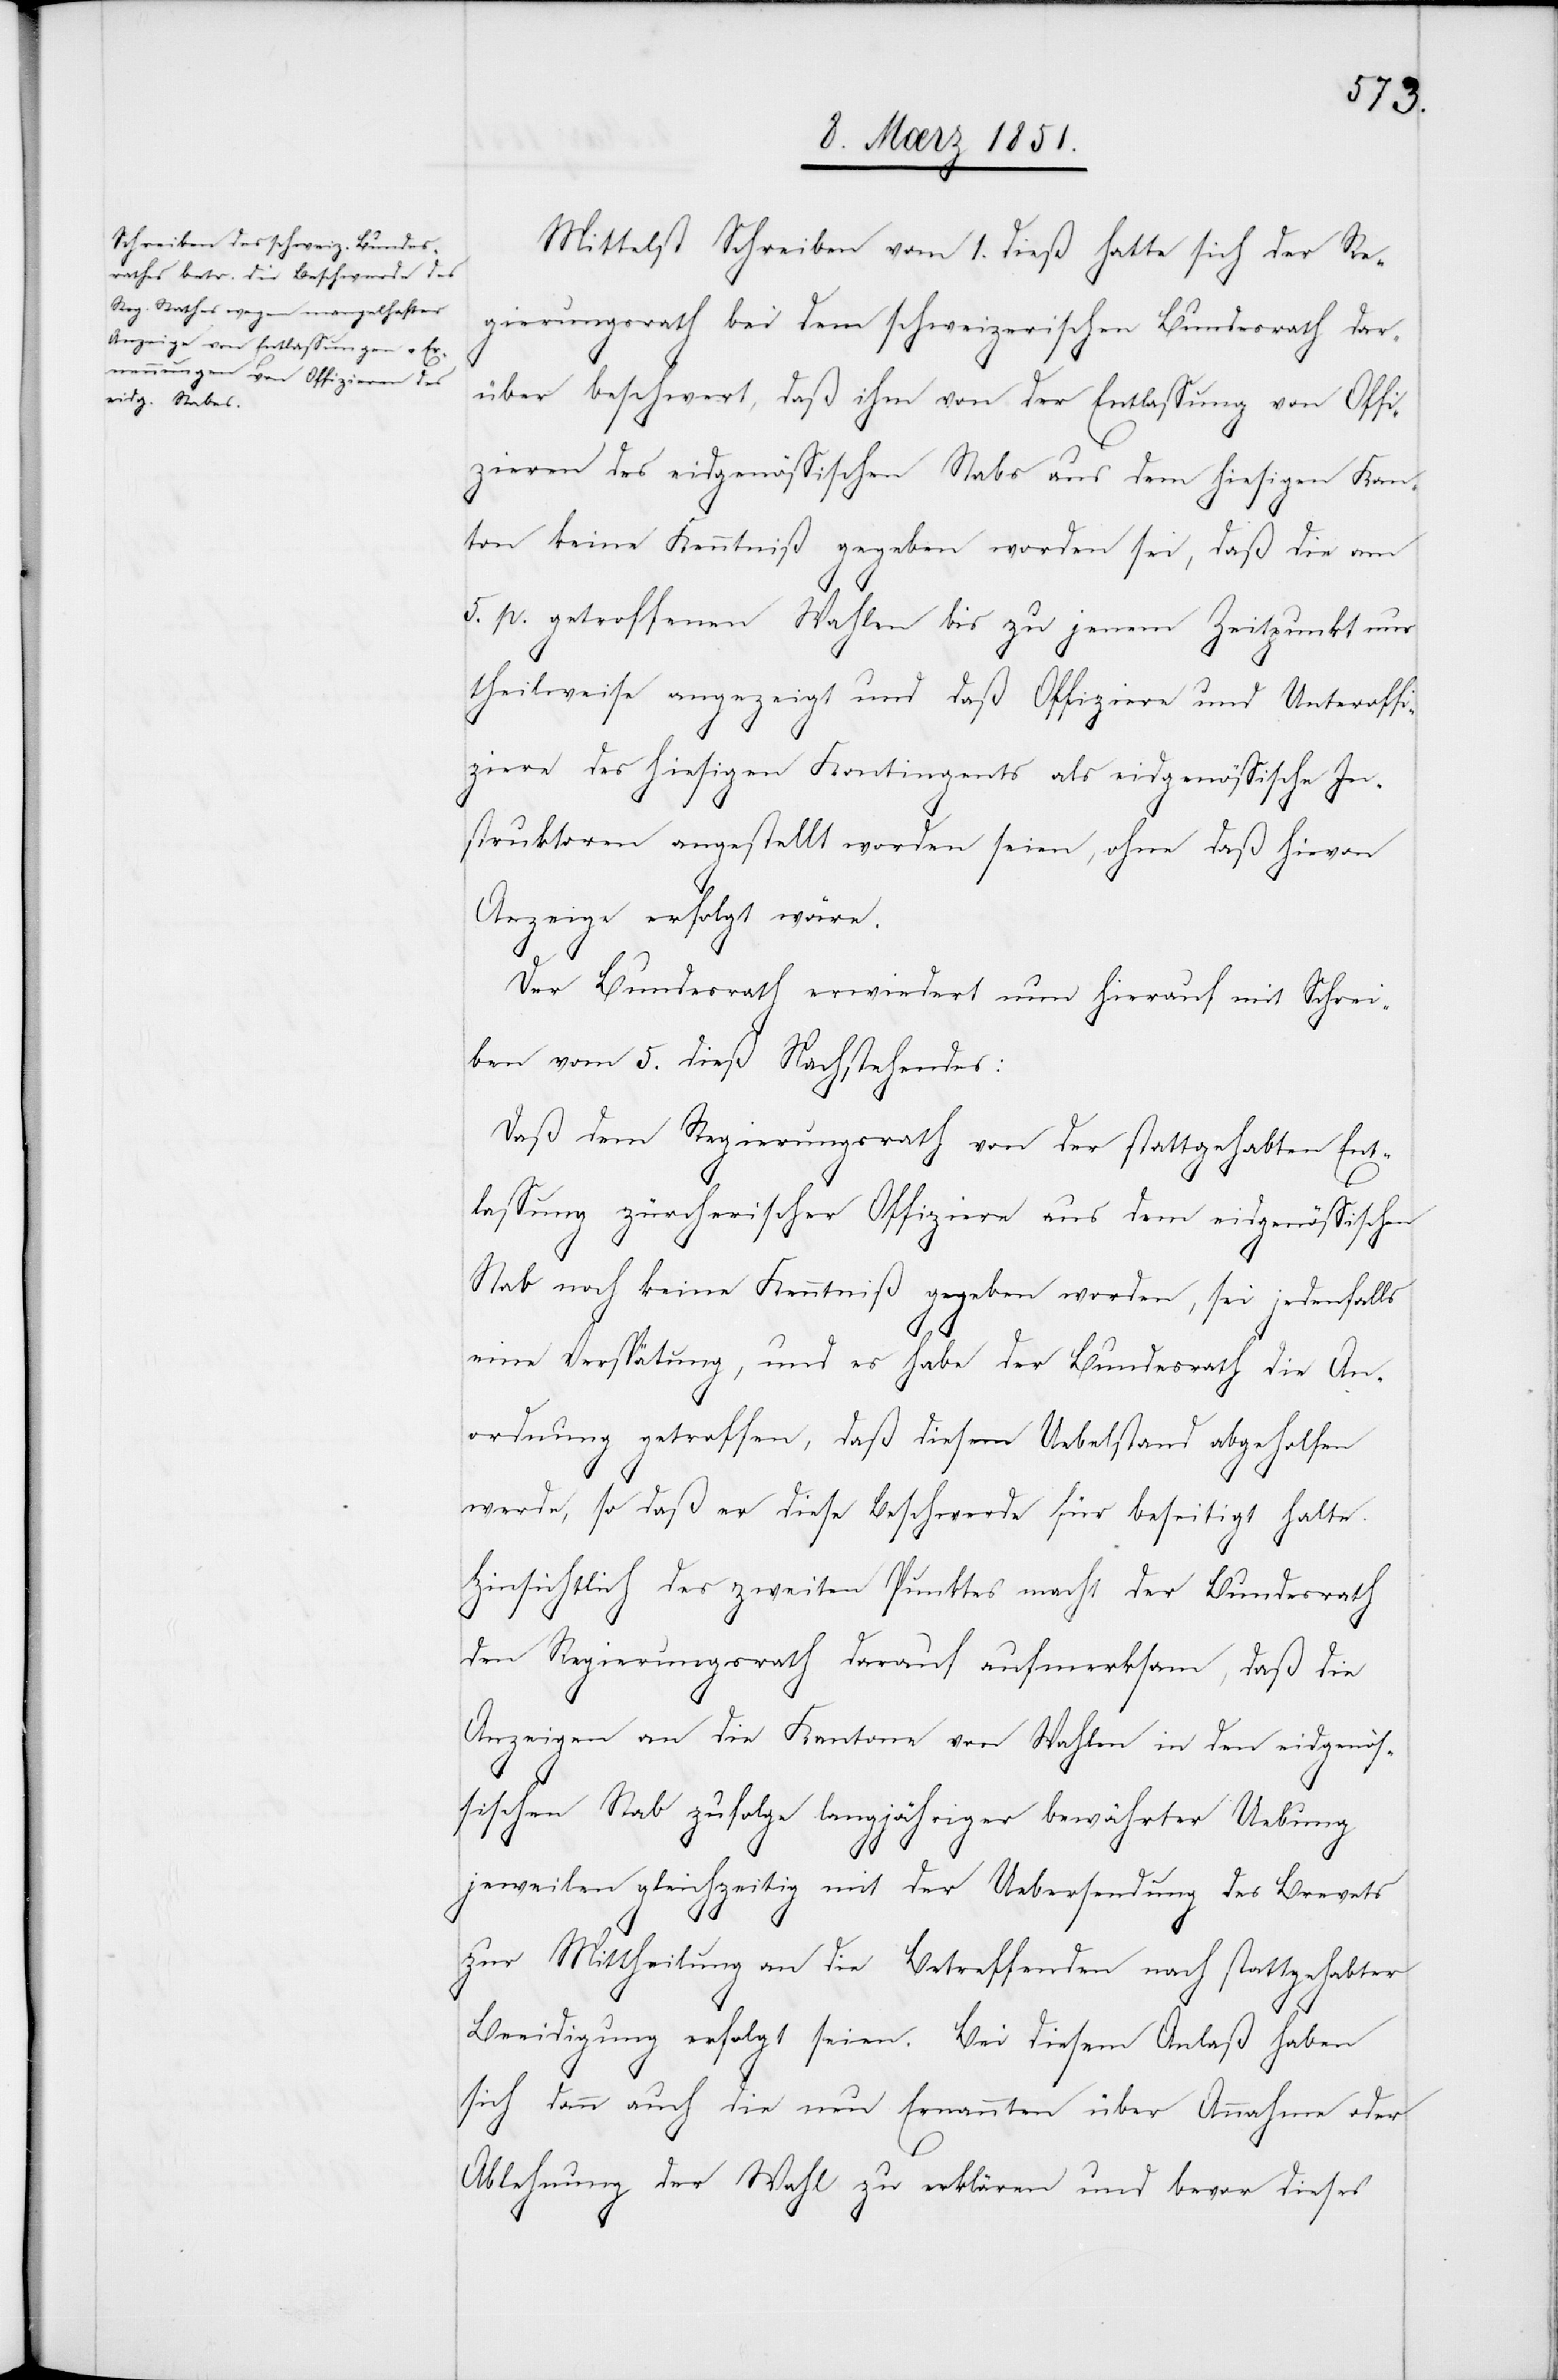
Mittelst Schreiben vom 1. dieß hatte sich der Re¬
gierungsrath bei dem schweizerischen Bundesrath dar¬
über beschwert, daß ihm von der Entlassung von Offi¬
zieren des eidgenössischen Stabs aus dem hiesigen Kan¬
ton keine Kenntniß gegeben worden sei, daß die am
5. p. getroffenen Wahlen bis zu jenem Zeitpunkt nur
theilweise angezeigt und daß Offiziere und Unteroffi¬
ziere des hiesigen Kontingents als eidgenössische In¬
struktoren angestellt worden seien, ohne daß hievon
Anzeige erfolgt wäre.
Der Bundesrath erwiedert nun hierauf mit Schrei¬
ben vom 5. dieß Nachstehendes:
Daß dem Regierungsrath von der stattgehabten Ent¬
lassung zürcherischer Offiziere aus dem eidgenössischen
Stab noch keine Kenntniß gegeben worden, sei jedenfalls
eine Verspätung, und es habe der Bundesrath die An¬
ordnung getroffen, daß diesem Uebelstand abgeholfen
werde, so daß er diese Beschwerde für beseitigt halte.
Hinsichtlich des zweiten Punktes macht der Bundesrath
den Regierungsrath darauf aufmerksam, daß die
Anzeigen an die Kantone von Wahlen in den eidgenös¬
sischen Stab zufolge langjähriger bewährter Uebung
jeweilen gleichzeitig mit der Uebersendung des Brevets
zur Mittheilung an die Betreffenden nach stattgehabter
Beeidigung erfolgt seien. Bei diesem Anlaß haben
sich dann auch die neu Ernannten über Annahme oder
Ablehnung der Wahl zu erklären und bevor dieses